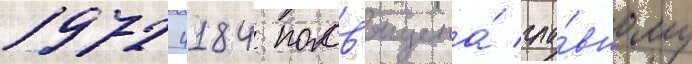
1972 4184 посв'ящена́ гла́вному